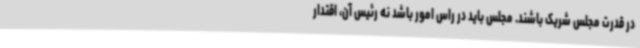
در قدرت مجلس شریک باشند. مجلس باید در راس امور باشد نه رئیس آن، اقتدار